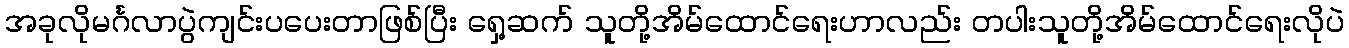
အခုလိုမင်္ဂလာပွဲကျင်းပပေးတာဖြစ်ပြီး ရှေ့ဆက် သူတို့အိမ်ထောင်ရေးဟာလည်း တပါးသူတို့အိမ်ထောင်ရေးလိုပဲ